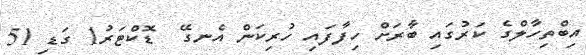
އިބްތިހާލްގެ ކަރުގައި ބާރަށް ހިފާފައި ހުރިކަން އެނގޭ  ޑޮކްޓަރު1 ގަޑި 51